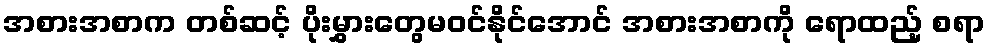
အစားအစာက တစ်ဆင့် ပိုးမွှားတွေမဝင်နိုင်အောင် အစားအစာကို ရောထည့် စရာ